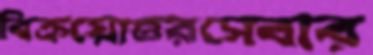
বিক্রয়োত্তরসেবার